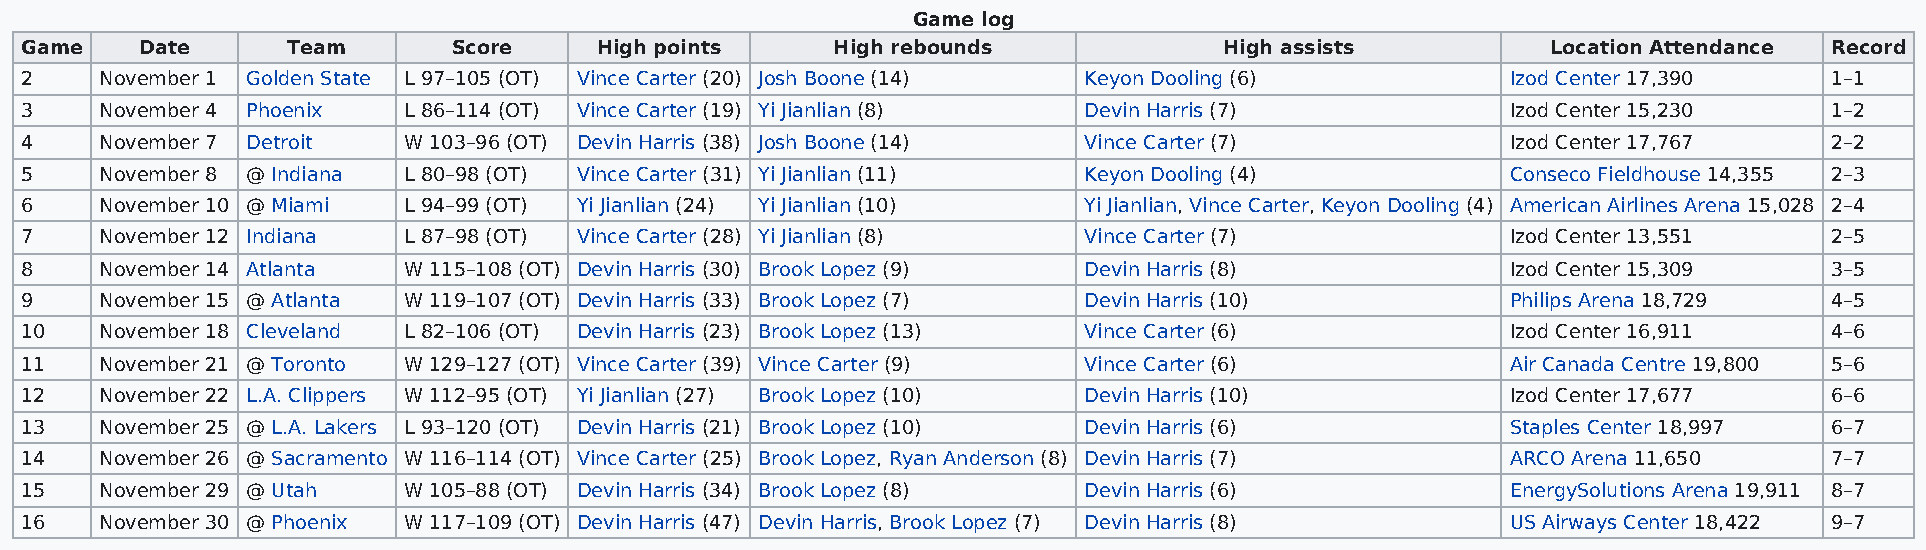
Game log
 Game    Date      Team       Score    High points     High rebounds             High assists          Location Attendance Record
 2     November 1 Golden State L 97–105 (OT) Vince Carter (20) Josh Boone (14) Keyon Dooling (6)    Izod Center 17,390   1–1
 3     November 4 Phoenix  L 86–114 (OT) Vince Carter (19) Yi Jianlian (8) Devin Harris (7)         Izod Center 15,230   1–2
 4     November 7 Detroit  W 103–96 (OT) Devin Harris (38) Josh Boone (14) Vince Carter (7)         Izod Center 17,767   2–2
 5     November 8 @ Indiana L 80–98 (OT) Vince Carter (31) Yi Jianlian (11) Keyon Dooling (4)       Conseco Fieldhouse 14,355 2–3
 6     November 10 @ Miami L 94–99 (OT) Yi Jianlian (24) Yi Jianlian (10) Yi Jianlian, Vince Carter, Keyon Dooling (4) American Airlines Arena 15,028 2–4
 7     November 12 Indiana L 87–98 (OT) Vince Carter (28) Yi Jianlian (8) Vince Carter (7)          Izod Center 13,551   2–5
 8     November 14 Atlanta W 115–108 (OT) Devin Harris (30) Brook Lopez (9) Devin Harris (8)        Izod Center 15,309   3–5
 9     November 15 @ Atlanta W 119–107 (OT) Devin Harris (33) Brook Lopez (7) Devin Harris (10)     Philips Arena 18,729 4–5
 10    November 18 Cleveland L 82–106 (OT) Devin Harris (23) Brook Lopez (13) Vince Carter (6)      Izod Center 16,911   4–6
 11    November 21 @ Toronto W 129–127 (OT) Vince Carter (39) Vince Carter (9) Vince Carter (6)     Air Canada Centre 19,800 5–6
 12    November 22 L.A. Clippers W 112–95 (OT) Yi Jianlian (27) Brook Lopez (10) Devin Harris (10)  Izod Center 17,677   6–6
 13    November 25 @ L.A. Lakers L 93–120 (OT) Devin Harris (21) Brook Lopez (10) Devin Harris (6)  Staples Center 18,997 6–7
 14    November 26 @ Sacramento W 116–114 (OT) Vince Carter (25) Brook Lopez, Ryan Anderson (8) Devin Harris (7) ARCO Arena 11,650 7–7
 15    November 29 @ Utah  W 105–88 (OT) Devin Harris (34) Brook Lopez (8) Devin Harris (6)         EnergySolutions Arena 19,911 8–7
 16    November 30 @ Phoenix W 117–109 (OT) Devin Harris (47) Devin Harris, Brook Lopez (7) Devin Harris (8) US Airways Center 18,422 9–7